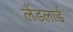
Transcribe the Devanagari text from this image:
लैंडलार्ड